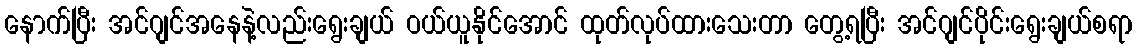
နောက်ပြီး အင်ဂျင်အနေနဲ့လည်းရွေးချယ် ဝယ်ယူနိုင်အောင် ထုတ်လုပ်ထားသေးတာ တွေ့ရပြီး အင်ဂျင်ပိုင်းရွေးချယ်စရာ